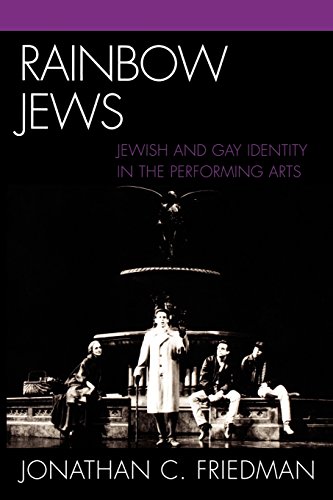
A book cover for Rainbow Jews: Jewish and Gay Identity in the Performing Arts; Jonathan C. Friedman; Literature & Fiction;